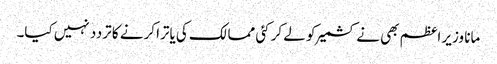
مانا وزیر اعظم بھی نے کشمیر کو لے کر کئی ممالک کی یاترا کرنے کا تردد نہیں کیا۔